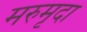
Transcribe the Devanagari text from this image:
मरुमृदा